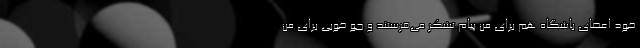
خود اعضای باشگاه هم برای من پیام تشکر می‌فرستند و جو خوبی برای من